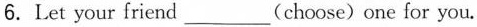
6.Let your friend ___ (choose) one for you.